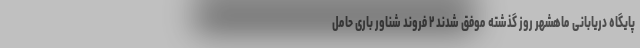
پایگاه دریابانی ماهشهر روز گذشته موفق شدند ۲ فروند شناور باری حامل